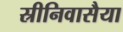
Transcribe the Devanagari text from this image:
स्रीनिवासैया